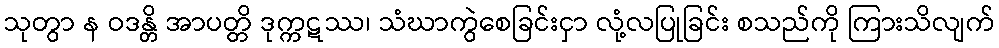
သုတွာ န ဝဒန္တိ အာပတ္တိ ဒုက္ကဋဿ၊ သံဃာကွဲစေခြင်းငှာ လုံ့လပြုခြင်း စသည်ကို ကြားသိလျက်